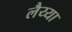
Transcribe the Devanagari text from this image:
लैय्या